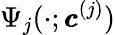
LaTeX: \Psi_{j}(\cdot;\pmb{c}^{(j)})